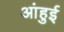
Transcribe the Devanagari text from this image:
आंहुई